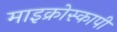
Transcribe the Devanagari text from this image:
माइक्रोस्कापी